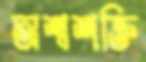
অশ্বশক্তি